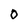
Character: O